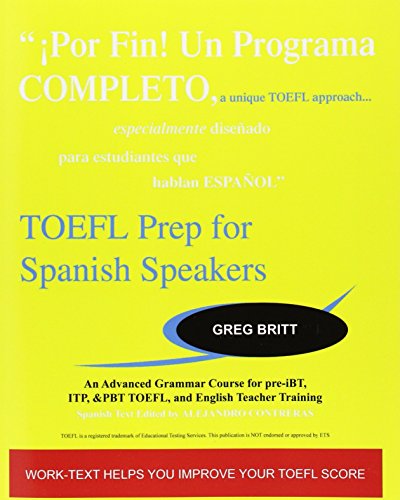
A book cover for TOEFL Prep for Spanish Speakers: An Advanced Grammar Course for pre-iBT, ITP, & PBT TOEFL and English Teacher Training; Greg Britt; Test Preparation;